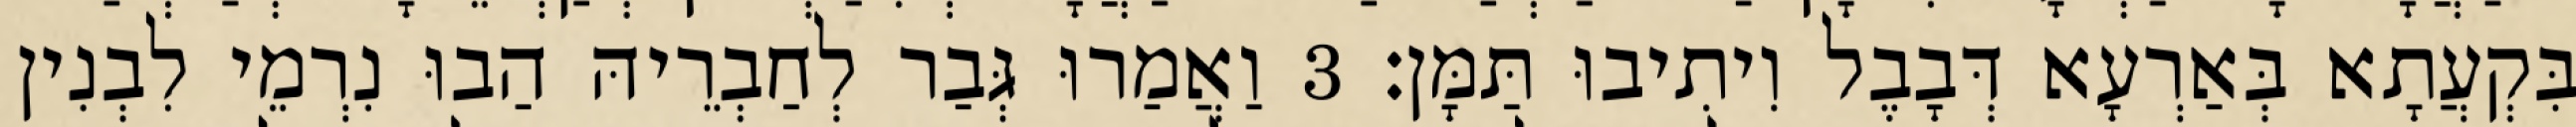
בִּקְעֲתָא בְּאַרְעָא דְּבָבֶל וִיתִיבוּ תַּמָּן׃ 3 וַאֲמַרוּ גְּבַר לְחַבְרֵיהּ הַבוּ נִרְמֵי לִבְנִין